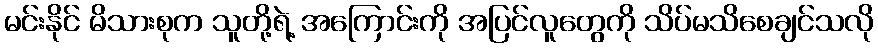
မင်းနိုင် မိသားစုက သူတို့ရဲ့ အကြောင်းကို အပြင်လူတွေကို သိပ်မသိစေချင်သလို